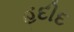
હદીદ